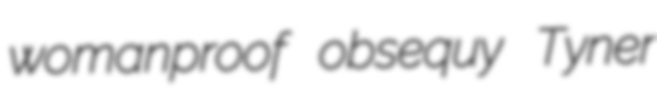
womanproof obsequy Tyner